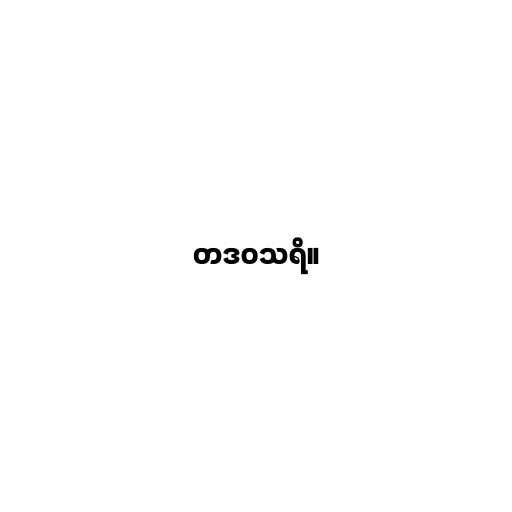
တဒဝသရိ။